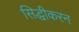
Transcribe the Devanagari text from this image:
सिद्धीकरन